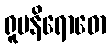
ရူပနိရောဓော